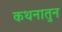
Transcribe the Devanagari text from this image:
कथनातुन